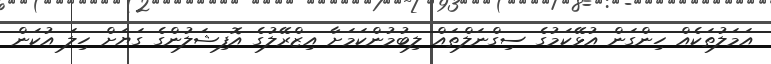
އަމަލުތަކެއް ހިންގަން އުޅޭކަމުގެ ސިގްނަލްތައް ލިބުމުންކަމަށާ އިޒްރޭލުގެ އޮފިޝަލުންގެ ގަޔަށް ހިލަ އުކަން